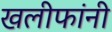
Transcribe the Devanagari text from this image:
खलीफांनी